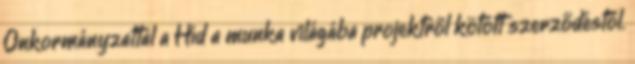
Önkormányzattal a Híd a munka világába projektről kötött szerződéstől.